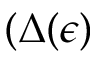
( \Delta ( \epsilon )